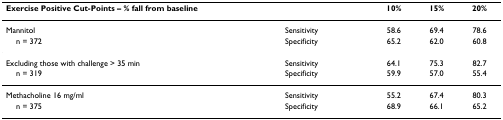
<table><thead><tr><td colspan="2"><b>Exercise Positive Cut-Points – % fall from baseline</b></td><td><b>10%</b></td><td><b>15%</b></td><td><b>20%</b></td></tr></thead><tbody><tr><td>Mannitol</td><td>Sensitivity</td><td>58.6</td><td>69.4</td><td>78.6</td></tr><tr><td> n = 372</td><td>Specificity</td><td>65.2</td><td>62.0</td><td>60.8</td></tr><tr><td>Excluding those with challenge &gt; 35 min</td><td>Sensitivity</td><td>64.1</td><td>75.3</td><td>82.7</td></tr><tr><td> n = 319</td><td>Specificity</td><td>59.9</td><td>57.0</td><td>55.4</td></tr><tr><td>Methacholine 16 mg/ml</td><td>Sensitivity</td><td>55.2</td><td>67.4</td><td>80.3</td></tr><tr><td> n = 375</td><td>Specificity</td><td>68.9</td><td>66.1</td><td>65.2</td></tr></tbody></table>